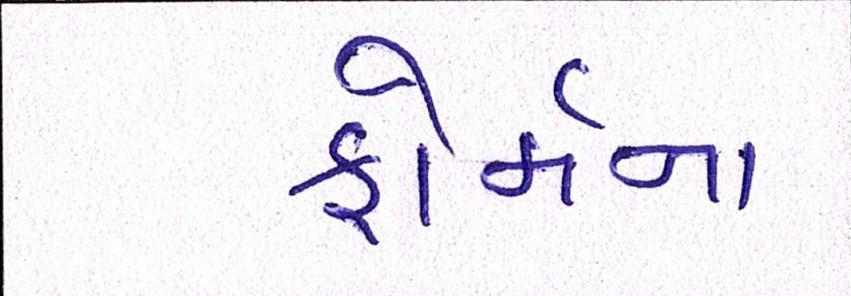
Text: ફોર્મના